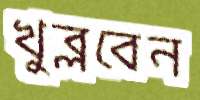
খুব্‌লবেন